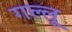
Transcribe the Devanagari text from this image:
गल्लू